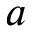
a